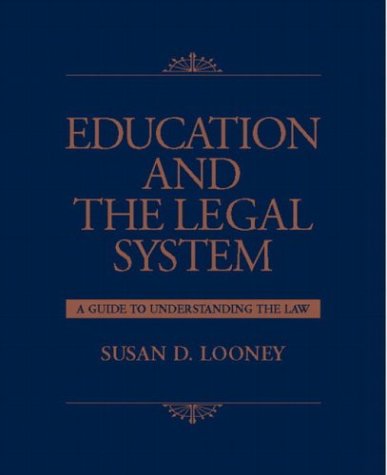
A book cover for Education and the Legal System: A Guide to Understanding the Law; Susan D. Looney; Law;